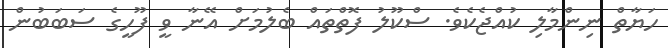
ހަޔާތް ނިންމާލި ކުއްޖެކެވެ. ސްކޫލު ފޮތްތައް ބެލުމަށް އޭނާ ވީ ފޫހީގެ ސަބަބުން